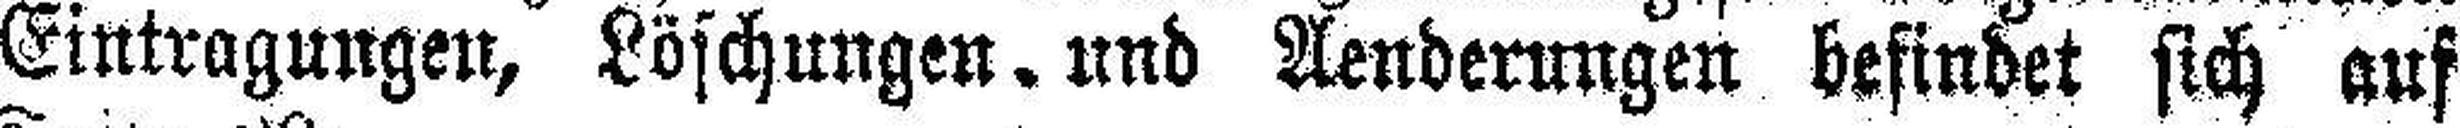
Eintragungen, Löschungen und Aenderungen befindet sich auf